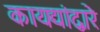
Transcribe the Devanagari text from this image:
कायद्यांद्वारे